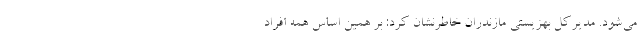
می‌شود. مدیرکل بهزیستی مازندران خاطرنشان کرد: بر همین اساس همه افراد